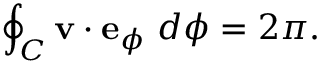
\oint _ { C } \mathbf { v } \cdot \mathbf { e } _ { \phi } ~ d { \phi } = 2 \pi .